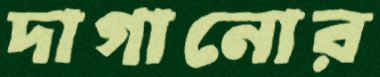
দাগানোর